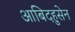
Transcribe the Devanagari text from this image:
आबिदहुसेन